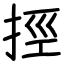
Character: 挳